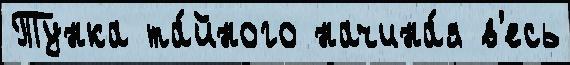
Тунка та́йного начина́я в'есь